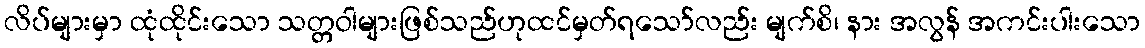
လိပ်များမှာ ထုံထိုင်းသော သတ္တဝါများဖြစ်သည်ဟုထင်မှတ်ရသော်လည်း မျက်စိ၊ နား အလွန် အကင်းပါးသော